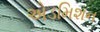
એડમિશન